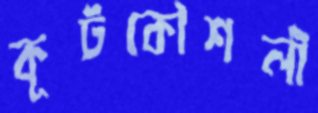
কূটকৌশলী